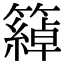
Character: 𥵤